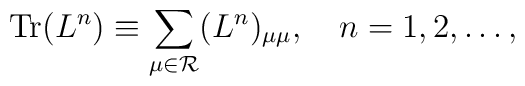
\mbox{Tr}(L^n)\equiv\sum_{\mu\in{\cal R}}(L^n)_{\mu\mu},\quad   n=1,2,\ldots,